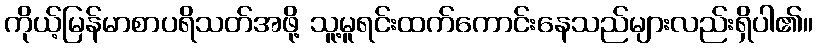
ကိုယ့်မြန်မာစာပရိသတ်အဖို့ သူ့မူရင်းထက်ကောင်းနေသည်များလည်းရှိပါ၏။